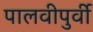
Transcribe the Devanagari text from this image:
पालवीपुर्वी